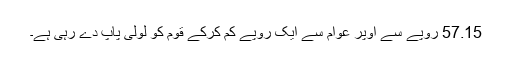
57.15 روپے سے اوپر عوام سے ایک روپے کم کرکے قوم کو لولی پاپ دے رہی ہے۔